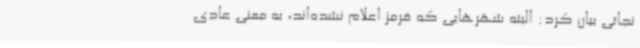
نجاتی بیان کرد: البته شهرهایی که قرمز اعلام نشده‌اند، به معنی عادی